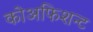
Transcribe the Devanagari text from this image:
कोअफिशन्ट